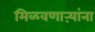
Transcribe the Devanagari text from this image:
मिळवणाऱ्यांना